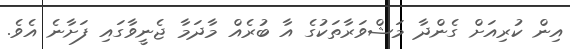
އިން ކުރިއަށް ގެންދާ މަޝްވަރާތަކުގެ އާ ބުރެއް މާދަމާ ޖެނީވާގައި ފަށާނެ އެވެ.